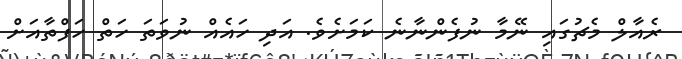
ރެއާލް މެޗުގައި ނޭމާ ނުފެންނާނެ ކަމަށެވެ. އަދި ހައެއް ނުވަތަ ހަތް ހަފްތާއަށް